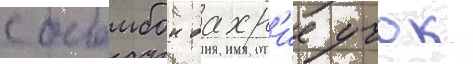
с бомбои бахр'ие учок